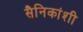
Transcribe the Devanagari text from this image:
सैनिकांशी